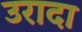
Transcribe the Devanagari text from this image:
उरादा